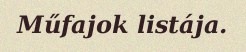
Műfajok listája.